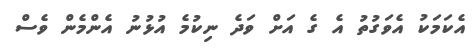
އެކަމަކު އެވަގުތު އެ ގެ އަށް ވަދެ ނިކުމެ އުޅުނު އެންމެން ވެސް